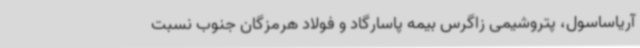
آریاساسول، پتروشیمی زاگرس بیمه پاسارگاد و فولاد هرمزگان جنوب نسبت